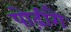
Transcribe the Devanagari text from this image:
पोढ़ीगै